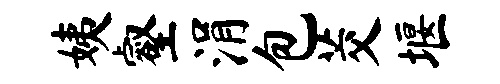
姨壑涓包茭堰